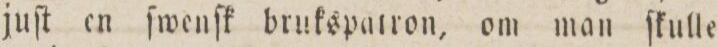
juſt en ſwenſk brukspatron, om man ſkulle